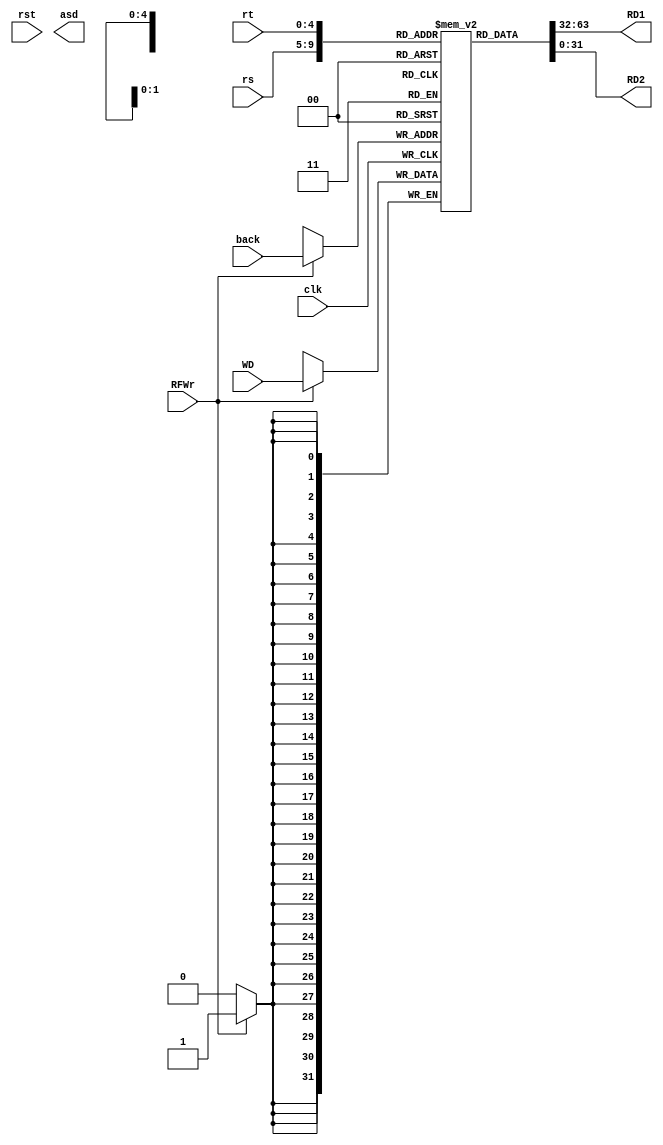

//////////////////////////////////////////////////////////////////////////////////
// Company: 
// Engineer: 
// 
// Design Name: 
// Module Name:    RF 
// Project Name: 
// Target Devices: 
// Tool versions: 
// Description: 
//
// Dependencies: 
//
// Revision: 
// Revision 0.01 - File Created
// Additional Comments: 
//
//////////////////////////////////////////////////////////////////////////////////
module RF(rs, rt, back, WD, RFWr, clk, RD1, RD2, rst, asd);
  input [4:0]rs;
  input [4:0]rt;
  input [4:0]back;
  input [31:0]WD;
  input RFWr;
  input clk;
  input rst;
  output reg [31:0]RD1;
  output reg [31:0]RD2;
  reg[5:0] i;
  reg [31:0] regs [0:31];
  output wire [31:0] asd;
  

  always @(rs or rt or regs[rs] or regs[rt])
  begin
    RD1<=regs[rs];
    RD2<=regs[rt];
  end

  always @(posedge clk)
  begin
  if (RFWr)
    regs[back]=WD;
  end
endmodule